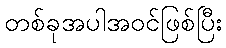
တစ်ခုအပါအဝင်ဖြစ်ပြီး